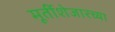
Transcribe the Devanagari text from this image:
मूर्तीशेजारच्या